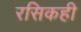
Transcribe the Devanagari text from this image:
रसिकही